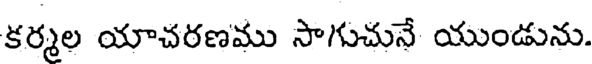
కర్మల యాచరణము సాగుచునే యుండును.